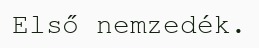
Első nemzedék.